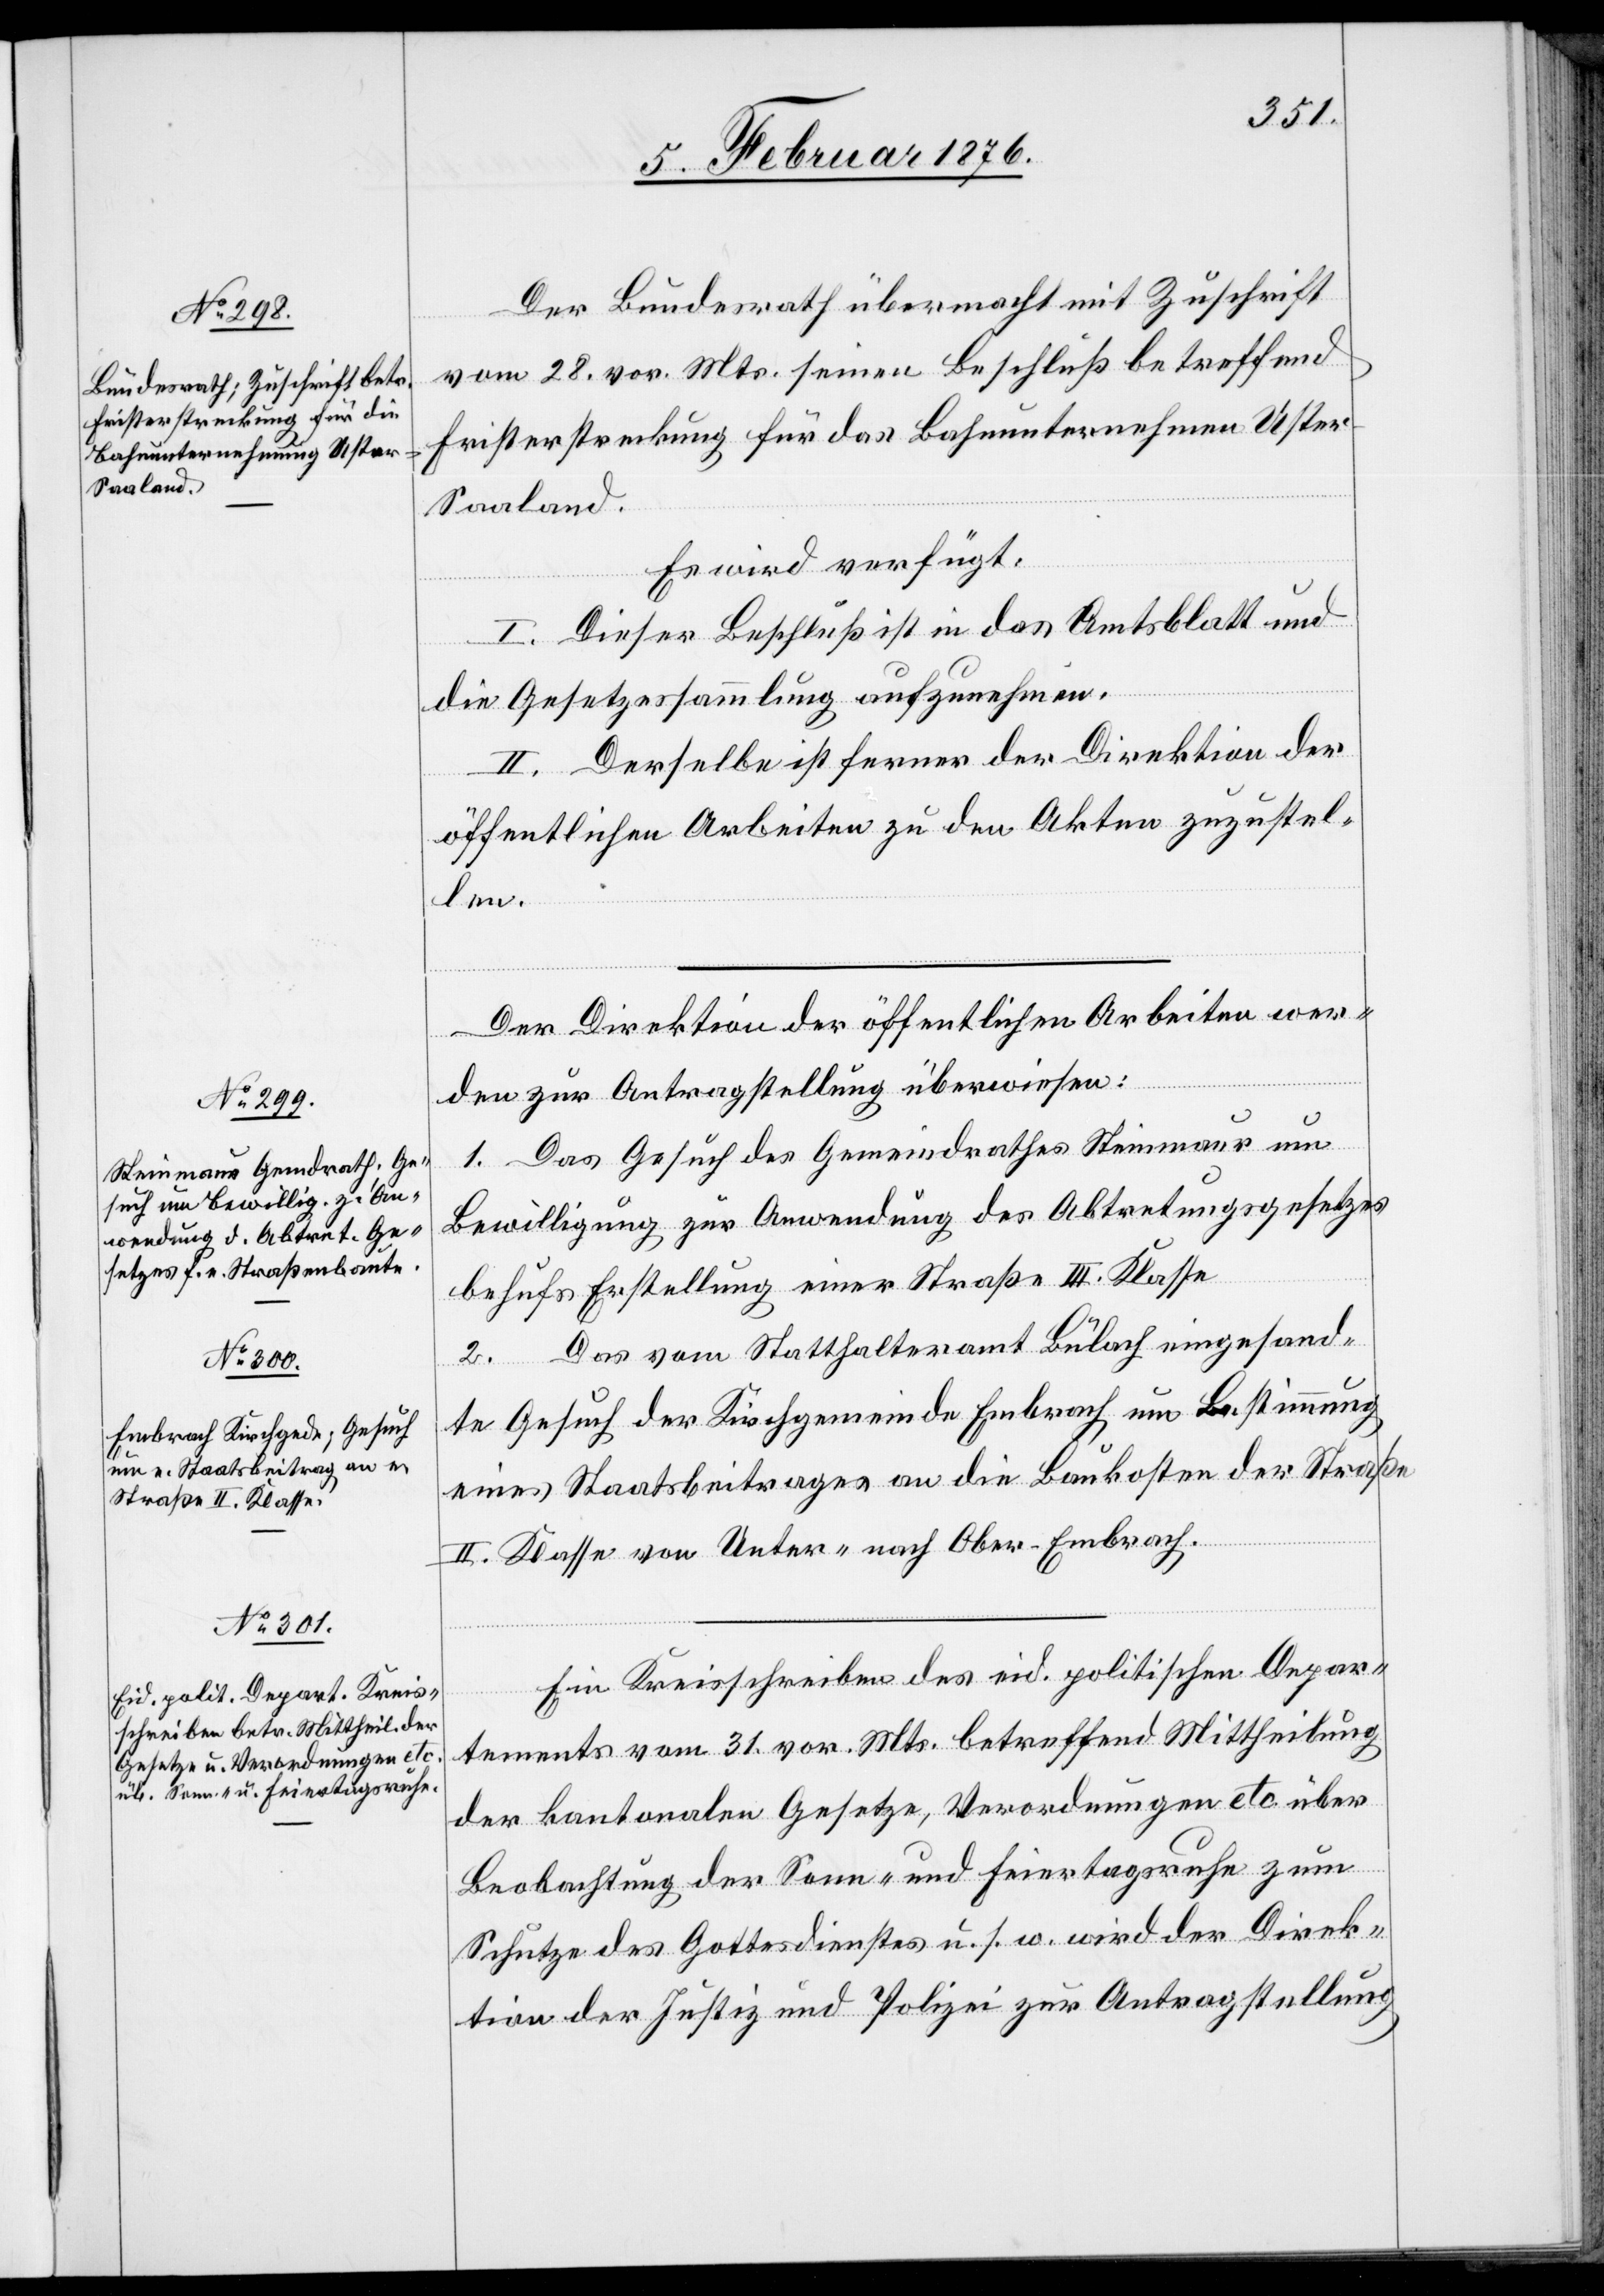
aarland.

5. Februar 1876.]
Der Bundesrath übermacht mit Zuschrift
vom 28. vor. Mts. seinen Beschluß betreffend
Fristerstreckung für das Bahnunternehmen Uster-S¬
Es wird verfügt:
I. Dieser Beschluß ist in das Amtsblatt und
die Gesetzessammlung aufzunehmen.
II. Derselbe ist ferner der Direktion der
öffentlichen Arbeiten zu den Akten zuzustel¬
len.
Der Direktion der öffentlichen Arbeiten wer¬
den zur Antragstellung überwiesen:
1. Das Gesuch des Gemeinderathes Steinmaur um
Bewilligung zur Anwendung des Abtretungsgesuches
behufs Erstellung einer Straße II. Klasse
2. Das vom Statthalteramt Bülach eingesand¬
te Gesuch der Kirchgemeinde Embrach um Bestimmung
eines Staatsbeitrages an die Baukosten der Straße
II. Klasse von Unter- nach Ober-Embrach.
Ein Kreisschreiben des eid. politischen Depar¬
tements vom 31. vor. Mts. betreffend Mittheilung
der kantonalen Gesetze, Verordnungen etc. über
Beobachtung der Sonn- und Feiertagsruhe zum
Schutze des Gottesdienstes u. s. w. wird der Direk¬
tion der Justiz und Polizei zur Antragstellung